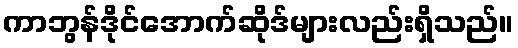
ကာဘွန်ဒိုင်အောက်ဆိုဒ်များလည်းရှိသည်။